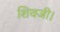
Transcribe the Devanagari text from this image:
शिवजी।